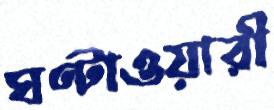
ঘণ্টাওয়ারী